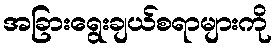
အခြားရွေးချယ်စရာများကို